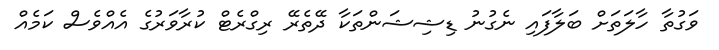
ވަގުތާ ހާލަތަށް ބަލާފައި ނެގުނު ޑިޝިޝަންތަކާ ދޭތެރޭ ރިގްރެޓް ކުރާވަރުގެ އެއްވެސް ކަމެއް